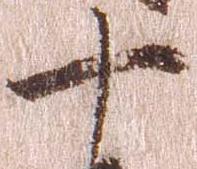
十